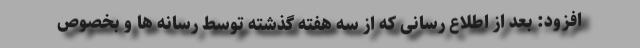
افزود: بعد از اطلاع رسانی که از سه هفته گذشته توسط رسانه ها و بخصوص